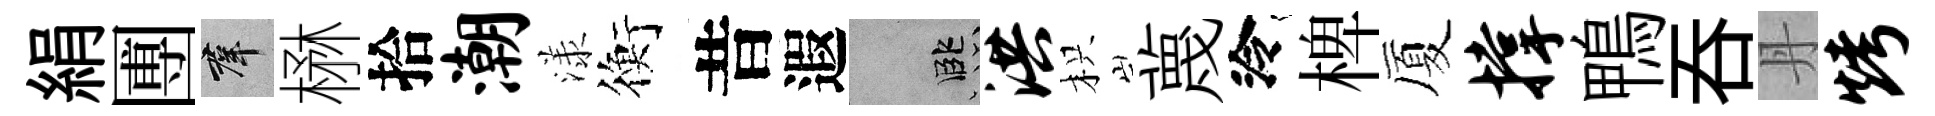
絹圑群楙拾潮漾衡昔遐孟洪枳蔑泠椑厦撑鴨呑丹烤